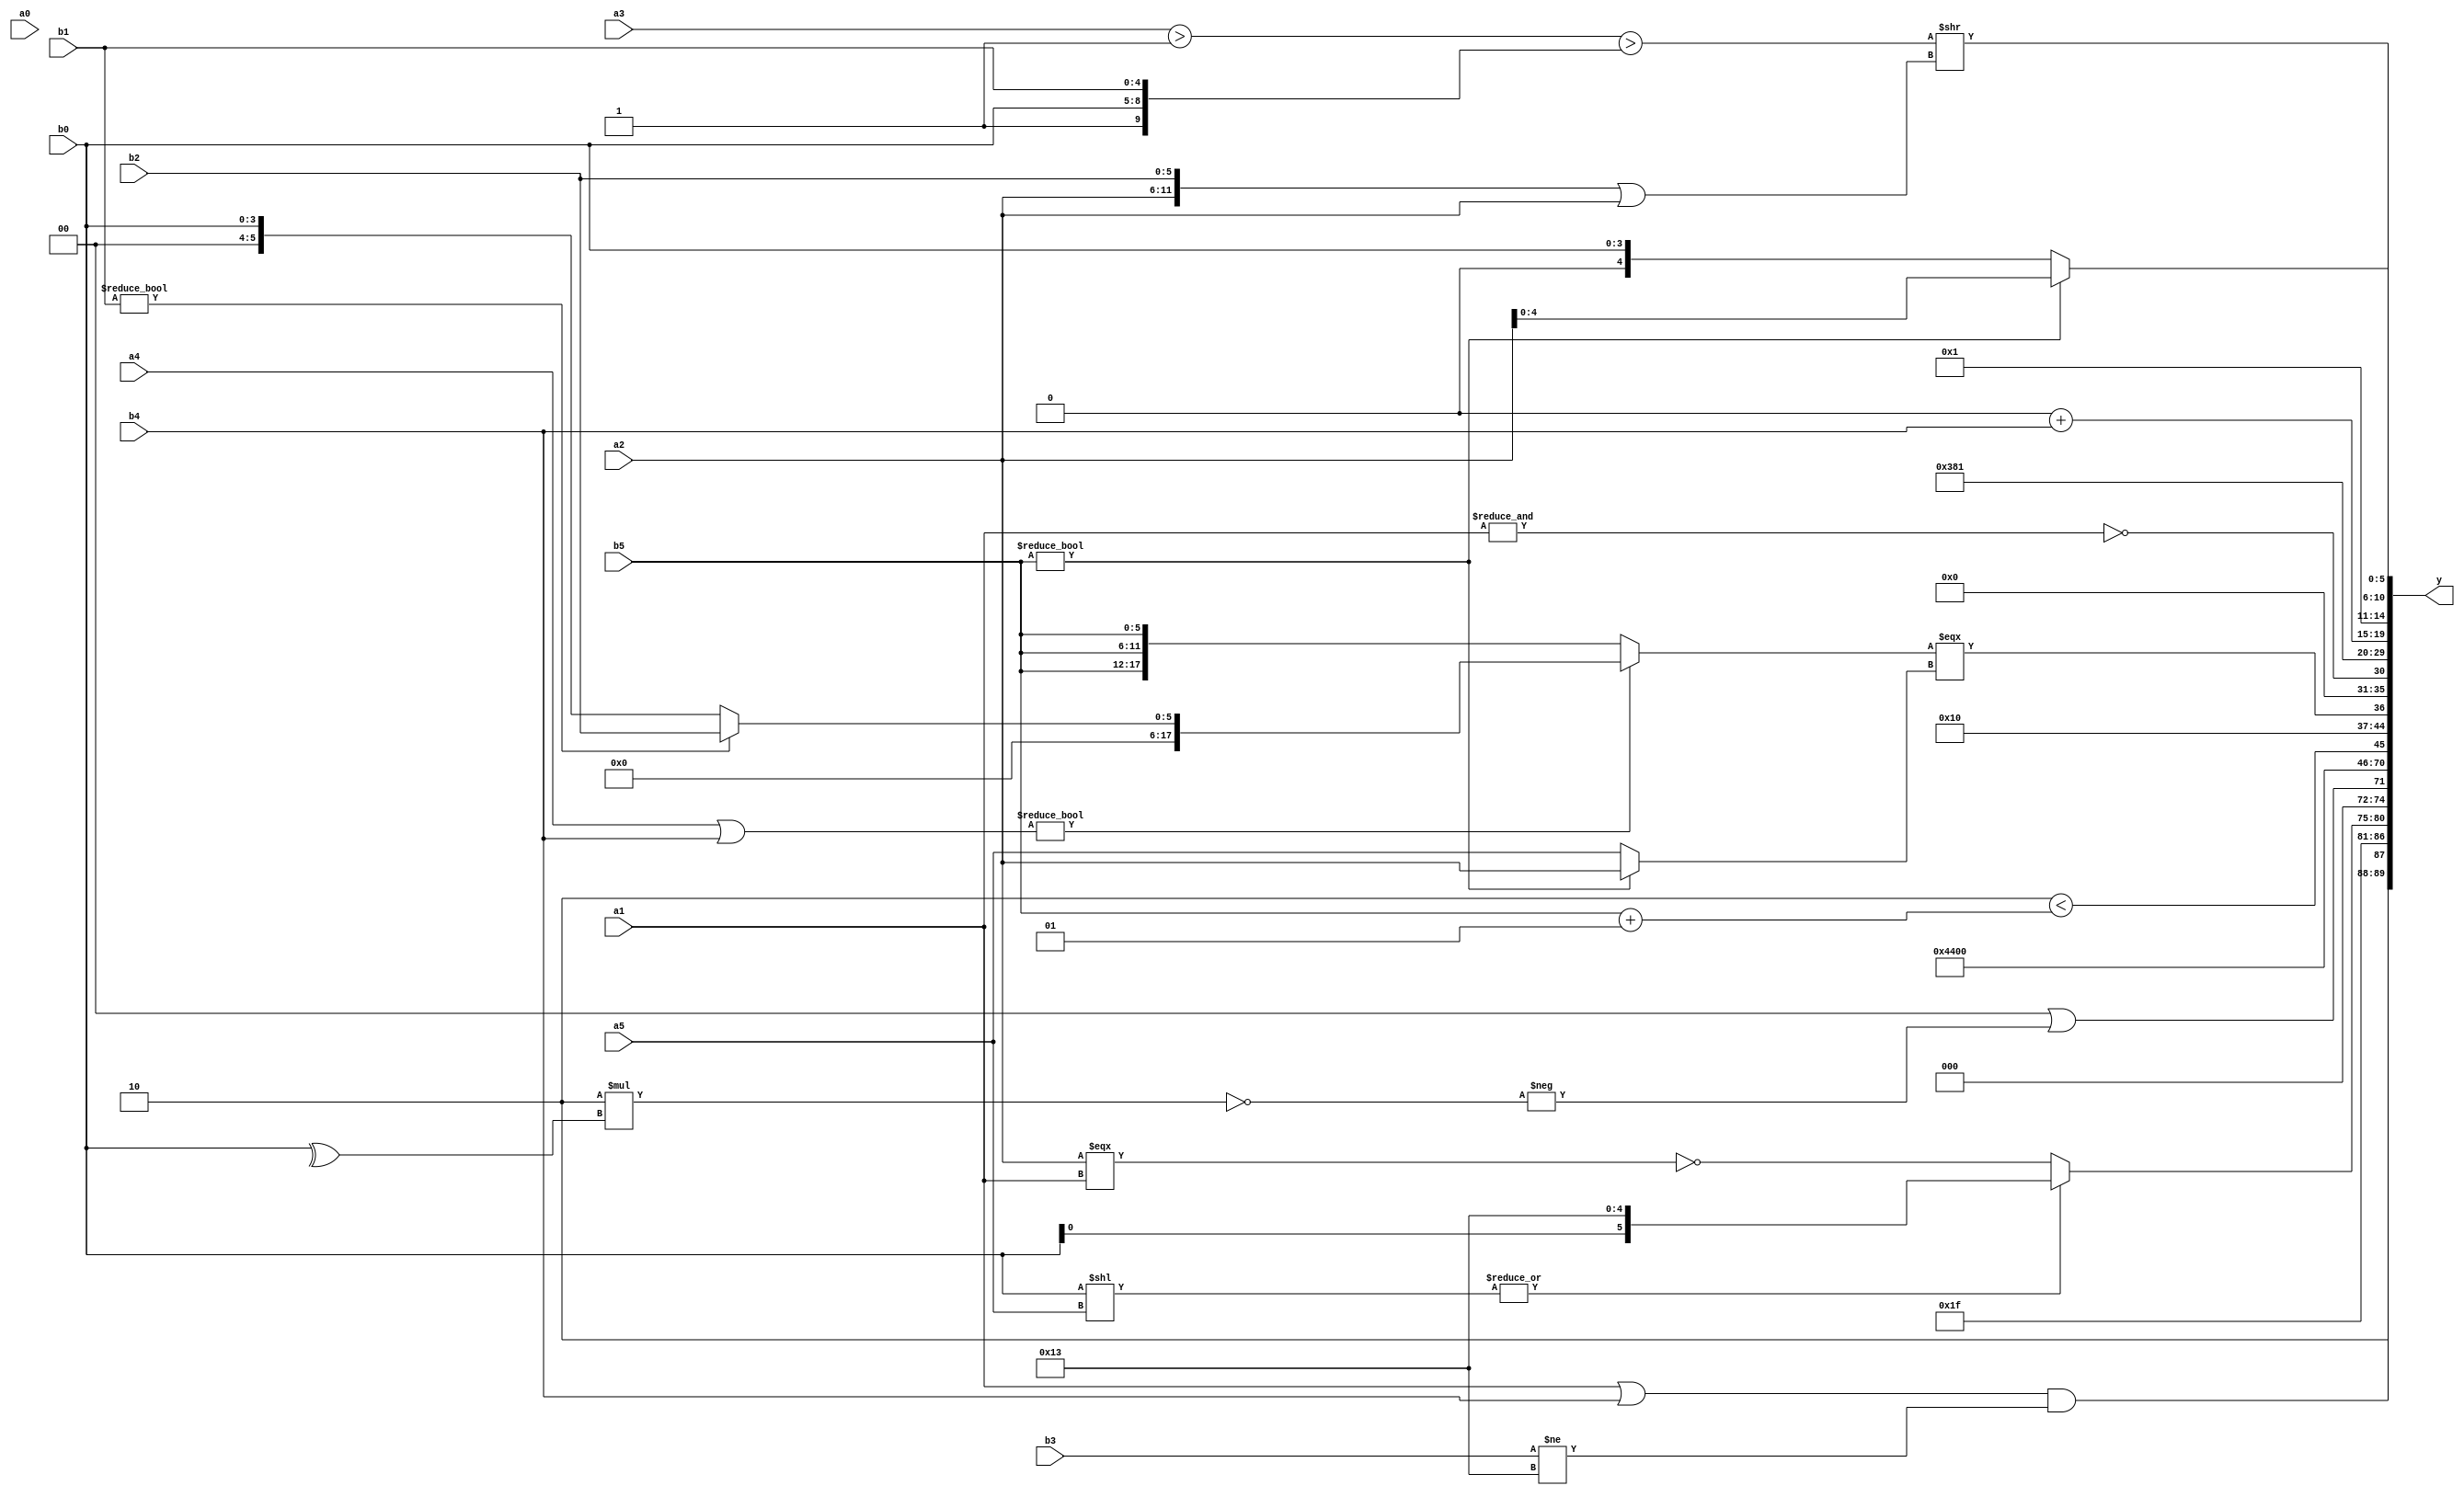
module expression_00881(a0, a1, a2, a3, a4, a5, b0, b1, b2, b3, b4, b5, y);
  input [3:0] a0;
  input [4:0] a1;
  input [5:0] a2;
  input signed [3:0] a3;
  input signed [4:0] a4;
  input signed [5:0] a5;

  input [3:0] b0;
  input [4:0] b1;
  input [5:0] b2;
  input signed [3:0] b3;
  input signed [4:0] b4;
  input signed [5:0] b5;

  wire [3:0] y0;
  wire [4:0] y1;
  wire [5:0] y2;
  wire signed [3:0] y3;
  wire signed [4:0] y4;
  wire signed [5:0] y5;
  wire [3:0] y6;
  wire [4:0] y7;
  wire [5:0] y8;
  wire signed [3:0] y9;
  wire signed [4:0] y10;
  wire signed [5:0] y11;
  wire [3:0] y12;
  wire [4:0] y13;
  wire [5:0] y14;
  wire signed [3:0] y15;
  wire signed [4:0] y16;
  wire signed [5:0] y17;

  output [89:0] y;
  assign y = {y0,y1,y2,y3,y4,y5,y6,y7,y8,y9,y10,y11,y12,y13,y14,y15,y16,y17};

  localparam [3:0] p0 = (5'sd2);
  localparam [4:0] p1 = {({(5'd13)}|{(4'd5),(2'd3)})};
  localparam [5:0] p2 = ({(-5'sd10),(3'd2),(-3'sd2)}?(~&(4'sd3)):{(-4'sd5),(-4'sd4),(4'd5)});
  localparam signed [3:0] p3 = {4{((3'sd0)^~(-4'sd3))}};
  localparam signed [4:0] p4 = (-2'sd0);
  localparam signed [5:0] p5 = {{4{(4'sd1)}}};
  localparam [3:0] p6 = ((4'sd5)^~((4'd14)<(3'd6)));
  localparam [4:0] p7 = ((~&(~|(3'd1)))-((4'd6)||(3'd5)));
  localparam [5:0] p8 = ((-({(-3'sd3),(2'd0),(-4'sd2)}!=((4'd0)^~(4'd4))))>=(((2'd1)<=(3'd1))&&((-5'sd5)>(3'd2))));
  localparam signed [3:0] p9 = (~&(~|(^((^{1{(-4'sd0)}})?(!((-4'sd2)+(-4'sd3))):((4'd2)&&(-3'sd2))))));
  localparam signed [4:0] p10 = ((5'd13)?(-5'sd13):((4'd9)>(2'sd1)));
  localparam signed [5:0] p11 = ({2{(2'd3)}}||((-4'sd4)>=(5'd16)));
  localparam [3:0] p12 = ((((4'sd1)^~(4'd6))<<<{(4'd14)})?(((4'd11)^(4'sd5))+((4'sd5)-(2'd0))):(~^{(-5'sd8),(-5'sd0),(-4'sd0)}));
  localparam [4:0] p13 = (-5'sd13);
  localparam [5:0] p14 = (~&(&{(5'd20),(3'sd2),(-3'sd1)}));
  localparam signed [3:0] p15 = (-(~|((3'sd2)^~(-5'sd11))));
  localparam signed [4:0] p16 = (^(~&(((^(5'd25))&((2'sd0)+(2'd0)))?((!(-3'sd0))||{(-3'sd3),(3'sd0)}):(-((5'd12)<<(3'd7))))));
  localparam signed [5:0] p17 = ((-5'sd2)?(2'd0):(4'sd2));

  assign y0 = {(4'sd6),((a1|b4)&&(b3!=p10)),$unsigned((~|(p9)))};
  assign y1 = {4{((!p1)?$signed(p17):$signed(p1))}};
  assign y2 = ((~|(b0<<a5))?(~(a2===a1)):{p16,b0,p13});
  assign y3 = ((2'd0)||(-(~(6'd2 * (^b0)))));
  assign y4 = ((+p0)?(p7):(b3&b4));
  assign y5 = (2'd1);
  assign y6 = (p6?p5:p14);
  assign y7 = (&(-2'sd0));
  assign y8 = {1{$unsigned(((-3'sd2)<(b5+p9)))}};
  assign y9 = ((p15||p3)%p0);
  assign y10 = (((a4|b4)?(b1?b2:b0):{3{b5}})===$signed((b5?a2:a5)));
  assign y11 = {1{(~&a1)}};
  assign y12 = $signed((5'd14));
  assign y13 = (((p16<<p3)||(p4>>p3))>>>((p6>p4)>(p7&&p3)));
  assign y14 = {{(a3),{p2,p17,p7}},$signed((p5|b0)),{(p4+b4)}};
  assign y15 = $signed($unsigned(p5));
  assign y16 = (b5?a2:b0);
  assign y17 = (($unsigned($signed((a3>p14)))>$unsigned({p8,b0,b1}))>>$unsigned(($signed({a2,b2})||($unsigned($signed(a2))))));
endmodule